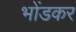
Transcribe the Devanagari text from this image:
भोंडकर